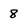
Character: 8